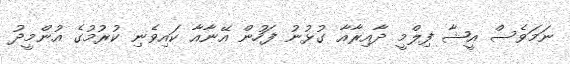
ނަމަވެސް އީޝާ ފިލްމީ ދާއިރާއާ ގުޅުނު ފަހުން އޭނާއާ ކައިވެނި ކުރުމުގެ އުންމީދު